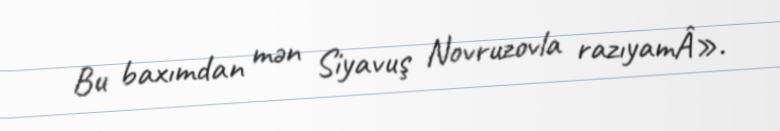
Bu baxımdan mən Siyavuş Novruzovla razıyamÂ».